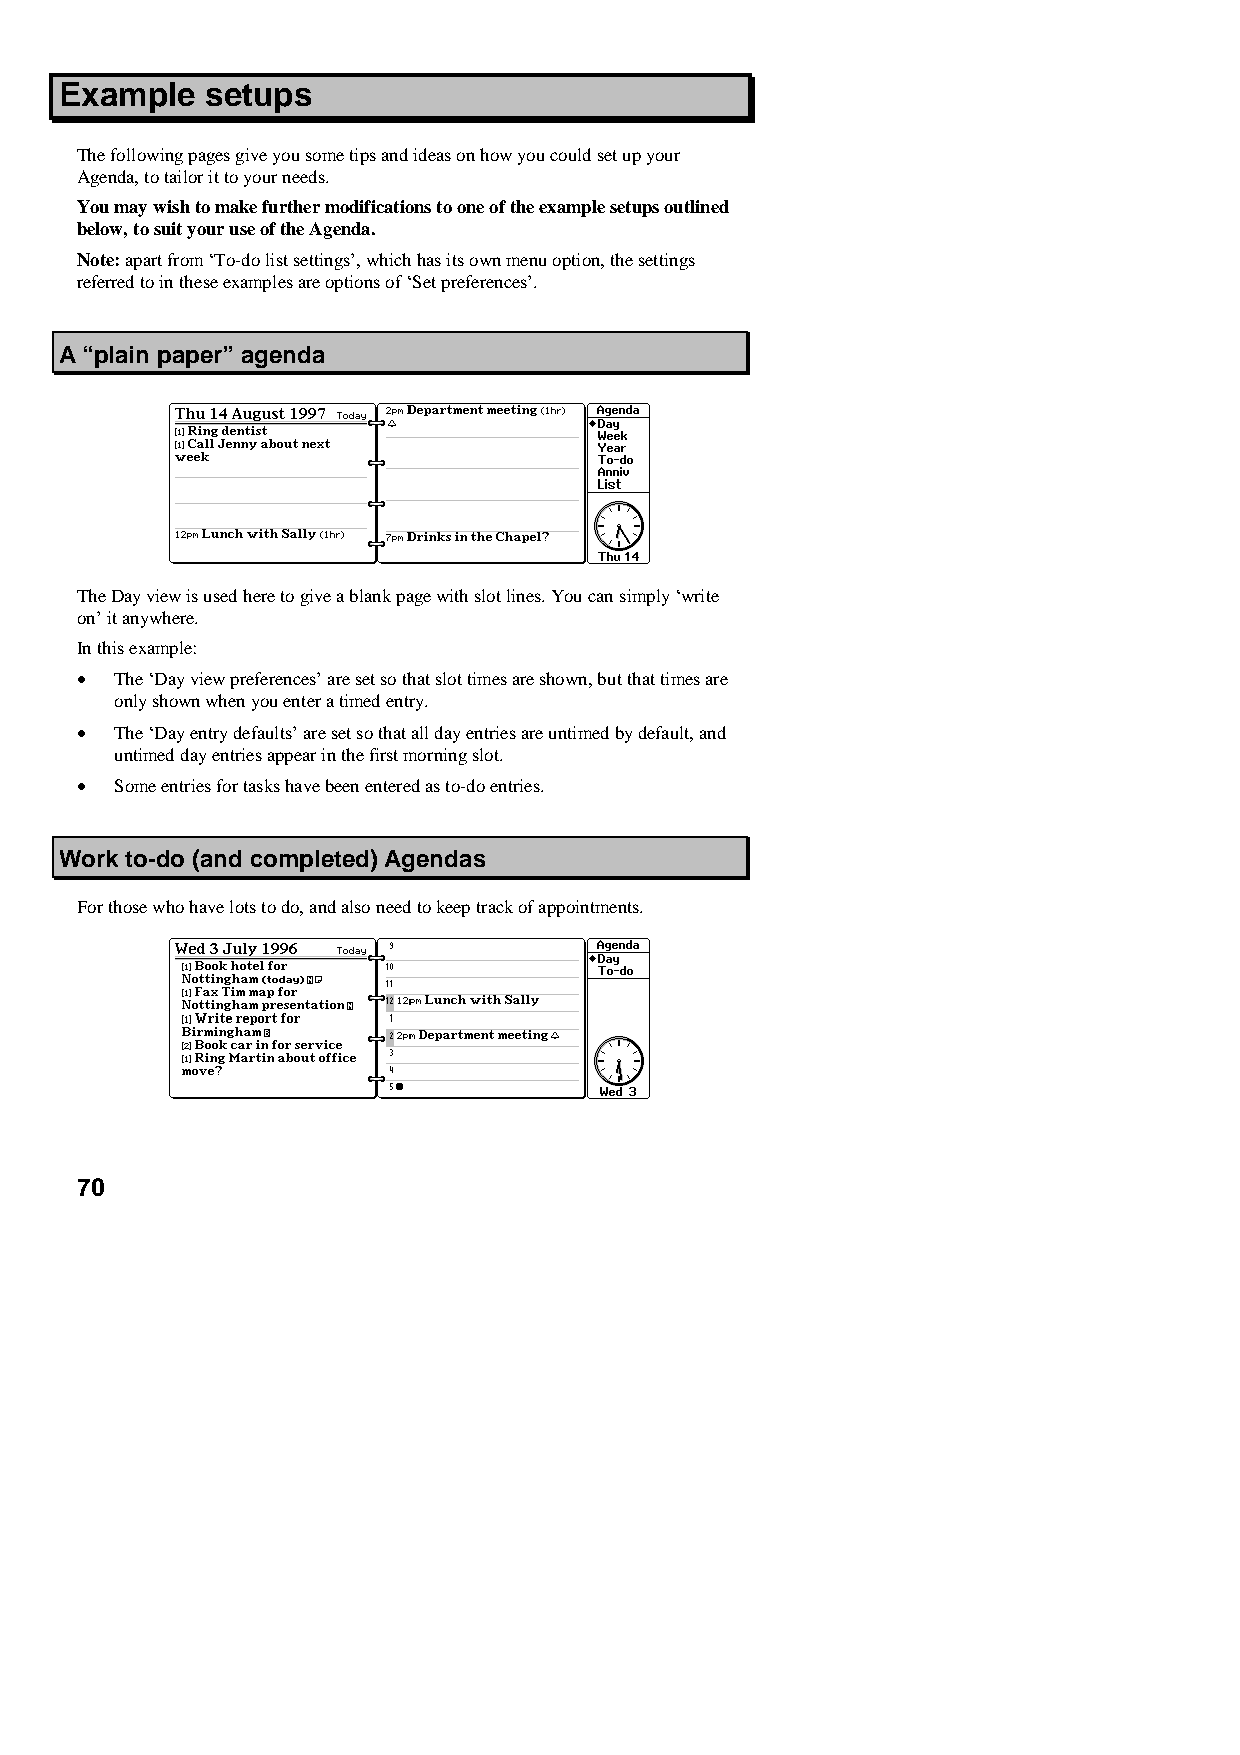
Example   setups
 The following pages give you some tips and ideas on how you could set up your
 Agenda, to tailor it to your needs.
 You may wish to make further modifications to one of the example setups outlined
 below, to suit your use of the Agenda.
 Note: apart from ‘To-do list settings’, which has its own menu option, the settings
 referred to in these examples are options of ‘Set preferences’.
 A “plain paper” agenda
 The Day view is used here to give a blank page with slot lines. You can simply ‘write
 on’ it anywhere.
 In this example:
 •  The ‘Day view preferences’ are set so that slot times are shown, but that times are
 only shown when you enter a timed entry.
 •  The ‘Day entry defaults’ are set so that all day entries are untimed by default, and
 untimed day entries appear in the first morning slot.
 •  Some entries for tasks have been entered as to-do entries.
 Work to-do (and completed) Agendas
 For those who have lots to do, and also need to keep track of appointments.
 70